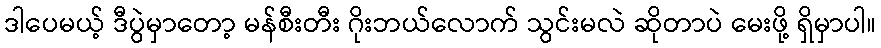
ဒါပေမယ့် ဒီပွဲမှာတော့ မန်စီးတီး ဂိုးဘယ်လောက် သွင်းမလဲ ဆိုတာပဲ မေးဖို့ ရှိမှာပါ။